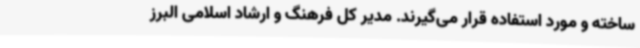
ساخته و مورد استفاده قرار می‌گیرند. مدیر کل فرهنگ و ارشاد اسلامی البرز